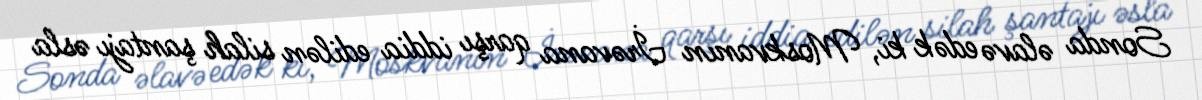
Sonda əlavə edək ki, Moskvanın İrəvana qarşı iddia edilən silah şantajı əsla